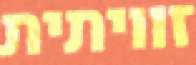
זוויתית